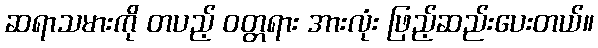
ဆရာသမားကို တပည့် ဝတ္တရား အားလုံး ဖြည့်ဆည်းပေးတယ်။